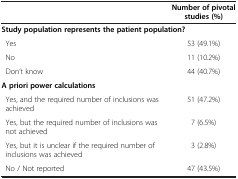
<table><thead><tr><td><b> </b></td><td><b>Number of pivotal studies (%)</b></td></tr></thead><tbody><tr><td colspan="2"><b>Study population represents the patient population?</b></td></tr><tr><td> Yes</td><td>53 (49.1%)</td></tr><tr><td> No</td><td>11 (10.2%)</td></tr><tr><td> Don’t know</td><td>44 (40.7%)</td></tr><tr><td colspan="2"><b>A priori power calculations</b></td></tr><tr><td> Yes, and the required number of inclusions was achieved</td><td>51 (47.2%)</td></tr><tr><td> Yes, but the required number of inclusions was not achieved</td><td>7 (6.5%)</td></tr><tr><td> Yes, but it is unclear if the required number of inclusions was achieved</td><td>3 (2.8%)</td></tr><tr><td> No / Not reported</td><td>47 (43.5%)</td></tr></tbody></table>